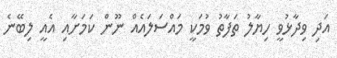
އަދި ވިދާޅުވީ ހިޔާލު ތަފާތު ވުމަކީ މައްސަލައެއް ނޫން ކަމަށާއި އެއީ ލިބޭނެ